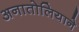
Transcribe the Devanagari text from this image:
अनातोलियाने